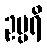
ဥပ္ပရိ